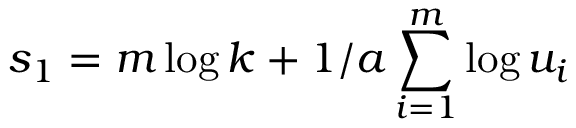
s _ { 1 } = m \log k + 1 / a \sum _ { i = 1 } ^ { m } \log u _ { i }